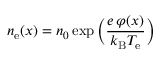
n _ { \mathrm { e } } ( x ) = n _ { 0 } \exp { \Big ( } { \frac { e \, \varphi ( x ) } { k _ { \mathrm { B } } T _ { \mathrm { e } } } } { \Big ) }